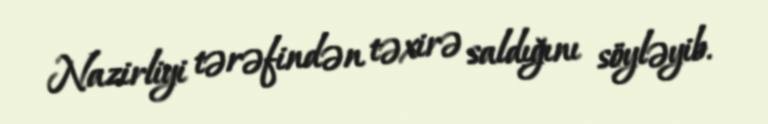
Nazirliyi tərəfindən təxirə saldığını söyləyib.